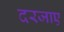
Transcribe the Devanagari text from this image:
दरजाए